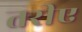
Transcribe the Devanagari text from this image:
तरीए